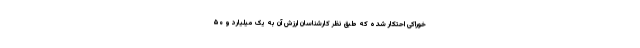
خوراکی احتکار شده که طبق نظر کارشناسان ارزش آن به یک میلیارد و ۵۰